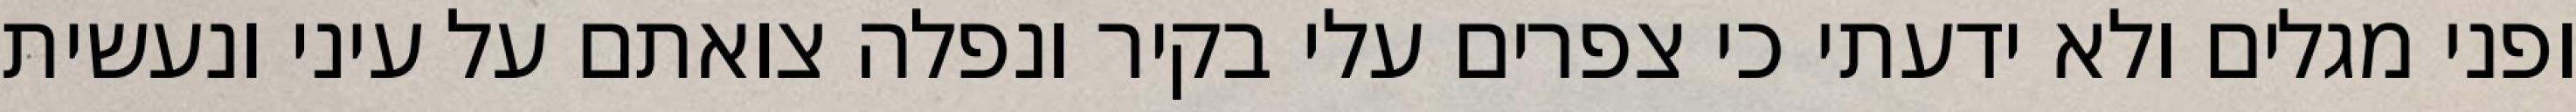
ופני מגלים ולא ידעתי כי צפרים עלי בקיר‏ ונפלה צואתם על עיני ונעשית